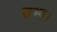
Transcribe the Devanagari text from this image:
सभ्य।